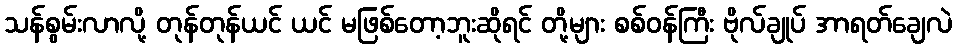
သန်စွမ်းလာလို့ တုန်တုန်ယင် ယင် မဖြစ်တော့ဘူးဆိုရင် တို့များ စစ်ဝန်ကြီး ဗိုလ်ချုပ် အာရတ်ချေလဲ